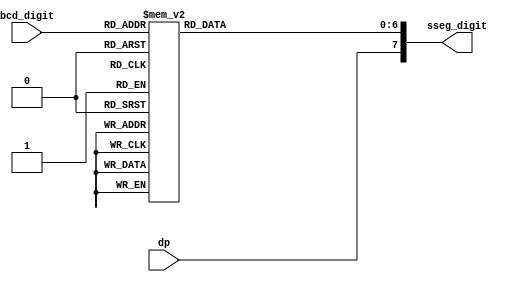
module bcd_decoder (
                    input wire [3:0] bcd_digit,
                    input wire dp,
                    output reg [7:0] sseg_digit
                    );

   always @(*) begin
      case (bcd_digit)

        4'b0000 :
          begin
             sseg_digit[6:0] = 7'b0000001;
          end

        4'b0001 :
          begin
             sseg_digit[6:0] = 7'b1001111;
          end

        4'b0010 :
          begin
             sseg_digit[6:0] = 7'b0010010;
          end

        4'b0011 :
          begin
             sseg_digit[6:0] = 7'b0000110;
          end

        4'b0100 :
          begin
             sseg_digit[6:0] = 7'b1001100;
          end

        4'b0101 :
          begin
             sseg_digit[6:0] = 7'b0100100;
          end

        4'b0110 :
          begin
             sseg_digit[6:0] = 7'b0100000;
          end

        4'b0111 :
          begin
             sseg_digit[6:0] = 7'b0001111;
          end

        4'b1000 :
          begin
             sseg_digit[6:0] = 7'b0000000;
          end

        default :
          begin
             sseg_digit[6:0] = 7'b0000100;
          end
      endcase // case (bcd_digit)
      sseg_digit[7] = dp;

   end // always @ (*)

endmodule // bcd_decoder